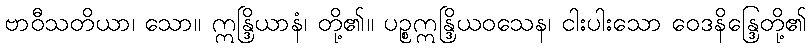
ဗာဝီသတိယာ၊ သော။ ဣန္ဒြိယာနံ၊ တို့၏။ ပဉ္စဣန္ဒြိယဝသေန၊ ငါးပါးသော ဝေဒနိန္ဒြေတို့၏